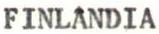
FINLANDIA